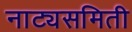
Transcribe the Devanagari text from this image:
नाट्यसमिती